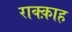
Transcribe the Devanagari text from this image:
राक्क़ाह